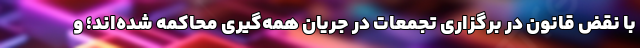
با نقض قانون در برگزاری تجمعات در جریان همه‌گیری محاکمه شده‌اند؛ و